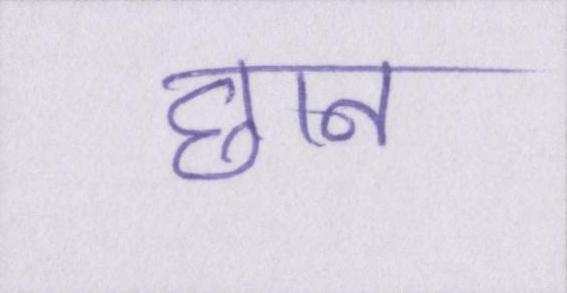
छान